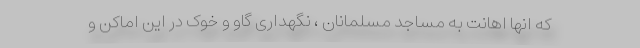
که انها اهانت به مساجد مسلمانان ، نگهداری گاو و خوک در این اماکن و